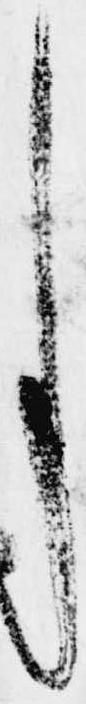
事